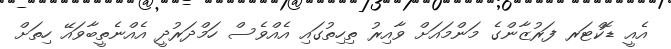
އެއީ ޑޮކްޓަރ ފަރުޒާންގެ މަންމައަށް ވާއިރު ތިހިތުގައި އެއްވެސް ހަމްދަރުދީ އެއްނެތީބާވައޭ ހިތަށް